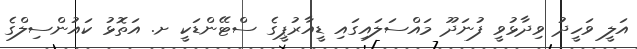
އަލީ ވަހީދު ވިދާޅުވީ ފުނަދޫ މައްސަލައިގައި ޑީއާރުޕީގެ ސްޓޭންޑަކީ ށ. އަތޮޅު ކައުންސިލްގެ